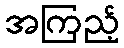
အကြည့်